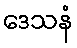
ဒေသနံ